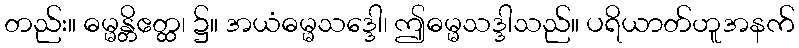
တည်း။ ဓမ္မန္တိဧတ္ထ၊ ၌။ အယံဓမ္မသဒ္ဒေါ၊ ဤဓမ္မသဒ္ဒါသည်။ ပရိယာတ်ဟူအနက်